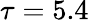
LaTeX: \tau=5.4